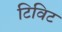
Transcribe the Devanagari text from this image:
टिविट